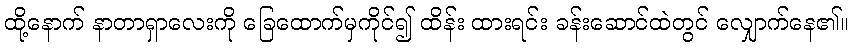
ထို့နောက် နာတာရှာလေးကို ခြေထောက်မှကိုင်၍ ထိန်း ထားရင်း ခန်းဆောင်ထဲတွင် လျှောက်နေ၏။